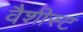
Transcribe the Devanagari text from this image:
वैशीस्ट